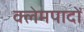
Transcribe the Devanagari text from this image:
क्लेमपादों